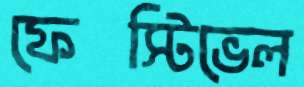
ফেস্টিভেল